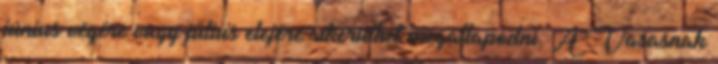
június végére vagy július elejére sikerülhet megállapodni. A Vasasnak